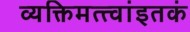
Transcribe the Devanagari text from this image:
व्यक्तिमत्त्वांइतकं